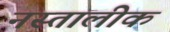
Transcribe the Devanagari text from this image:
नस्तालीक